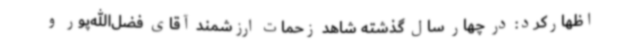
اظهارکرد: در چهار سال گذشته شاهد زحمات ارزشمند آقای فضل‌الله‌پور و